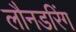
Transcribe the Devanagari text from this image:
लौनडरिंग